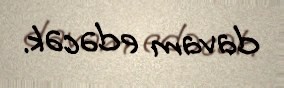
davam edəcək.